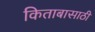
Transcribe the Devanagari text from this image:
किताबासाठी